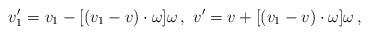
LaTeX: \begin{align*}\begin{aligned}v_1' = v_1 - [ (v_1 - v) \cdot \omega ] \omega \,, \ v' = v + [ (v_1 - v) \cdot \omega ] \omega \,,\end{aligned}\end{align*}